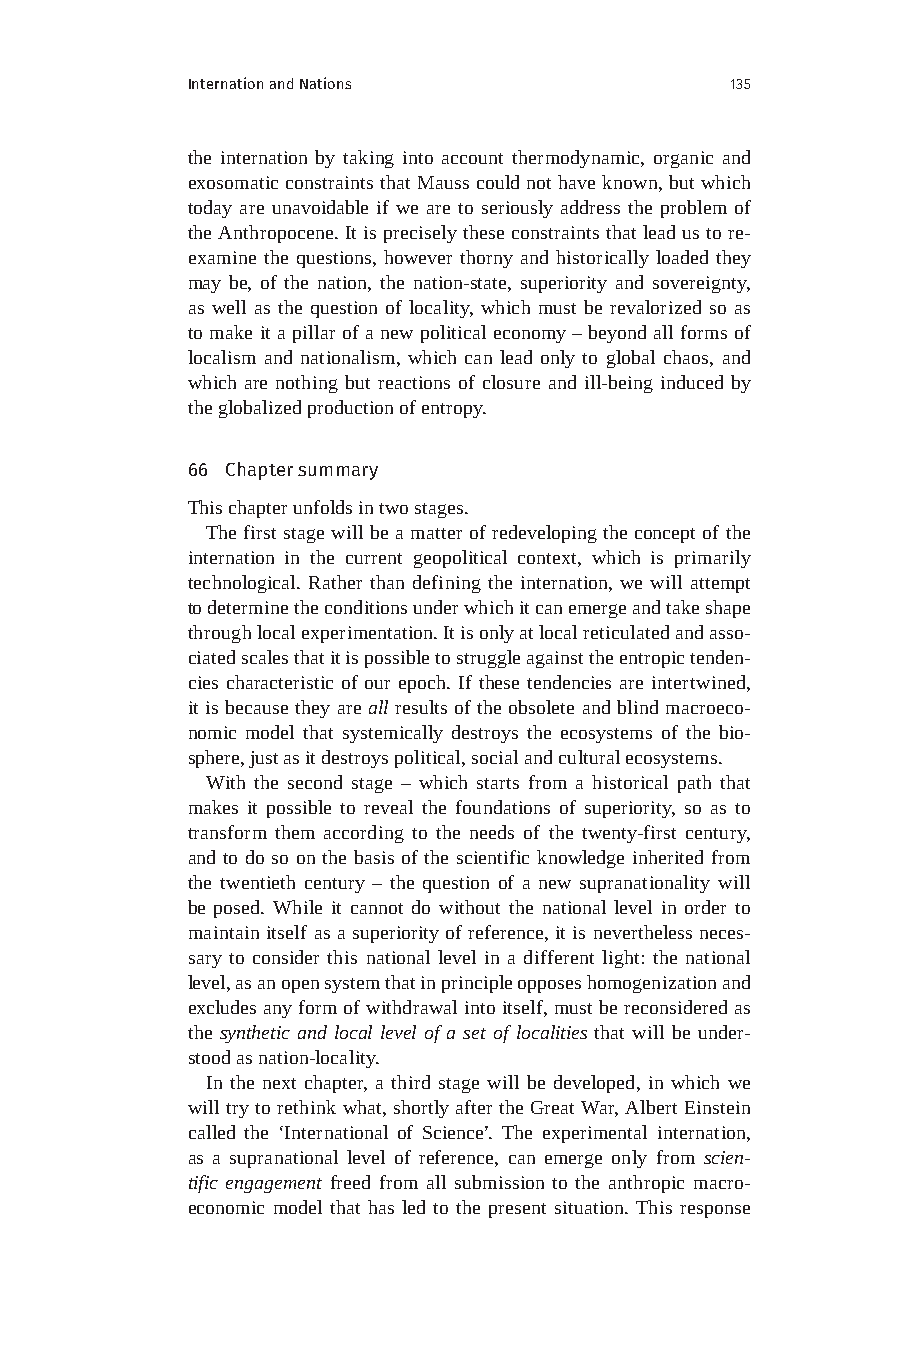
Internation and Nations             135
 the internation by taking into account thermodynamic, organic and
 exosomatic constraints that Mauss could not have known, but which
 today are unavoidable if we are to seriously address the problem of
 the Anthropocene. It is precisely these constraints that lead us to re-
 examine the questions, however thorny and historically loaded they
 may be, of the nation, the nation-state, superiority and sovereignty,
 as well as the question of locality, which must be revalorized so as
 to make it a pillar of a new political economy – beyond all forms of
 localism and nationalism, which can lead only to global chaos, and
 which are nothing but reactions of closure and ill-being induced by
 the globalized production of entropy.
 66 Chapter summary
 This chapter unfolds in two stages.
 The first stage will be a matter of redeveloping the concept of the
 internation in the current geopolitical context, which is primarily
 technological. Rather than defining the internation, we will attempt
 to determine the conditions under which it can emerge and take shape
 through local experimentation. It is only at local reticulated and asso-
 ciated scales that it is possible to struggle against the entropic tenden-
 cies characteristic of our epoch. If these tendencies are intertwined,
 it is because they are all results of the obsolete and blind macroeco-
 nomic model that systemically destroys the ecosystems of the bio-
 sphere, just as it destroys political, social and cultural ecosystems.
 With the second stage – which starts from a historical path that
 makes it possible to reveal the foundations of superiority, so as to
 transform them according to the needs of the twenty-first century,
 and to do so on the basis of the scientific knowledge inherited from
 the twentieth century – the question of a new supranationality will
 be posed. While it cannot do without the national level in order to
 maintain itself as a superiority of reference, it is nevertheless neces-
 sary to consider this national level in a different light: the national
 level, as an open system that in principle opposes homogenization and
 excludes any form of withdrawal into itself, must be reconsidered as
 the synthetic and local level of a set of localities that will be under-
 stood as nation-locality.
 In the next chapter, a third stage will be developed, in which we
 will try to rethink what, shortly after the Great War, Albert Einstein
 called the ‘International of Science’. The experimental internation,
 as a supranational level of reference, can emerge only from scien-
 tific engagement freed from all submission to the anthropic macro-
 economic model that has led to the present situation. This response